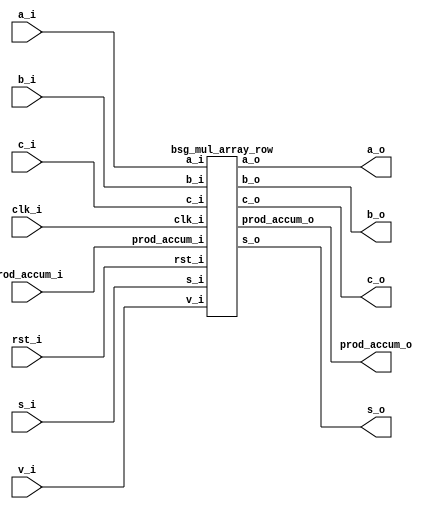


module top
(
  clk_i,
  rst_i,
  v_i,
  a_i,
  b_i,
  s_i,
  c_i,
  prod_accum_i,
  a_o,
  b_o,
  s_o,
  c_o,
  prod_accum_o
);

  input [15:0] a_i;
  input [15:0] b_i;
  input [15:0] s_i;
  input [14:0] prod_accum_i;
  output [15:0] a_o;
  output [15:0] b_o;
  output [15:0] s_o;
  output [15:0] prod_accum_o;
  input clk_i;
  input rst_i;
  input v_i;
  input c_i;
  output c_o;

  bsg_mul_array_row
  wrapper
  (
    .a_i(a_i),
    .b_i(b_i),
    .s_i(s_i),
    .prod_accum_i(prod_accum_i),
    .a_o(a_o),
    .b_o(b_o),
    .s_o(s_o),
    .prod_accum_o(prod_accum_o),
    .clk_i(clk_i),
    .rst_i(rst_i),
    .v_i(v_i),
    .c_i(c_i),
    .c_o(c_o)
  );


endmodule



module bsg_and_width_p16
(
  a_i,
  b_i,
  o
);

  input [15:0] a_i;
  input [15:0] b_i;
  output [15:0] o;
  wire [15:0] o;
  assign o[15] = a_i[15] & b_i[15];
  assign o[14] = a_i[14] & b_i[14];
  assign o[13] = a_i[13] & b_i[13];
  assign o[12] = a_i[12] & b_i[12];
  assign o[11] = a_i[11] & b_i[11];
  assign o[10] = a_i[10] & b_i[10];
  assign o[9] = a_i[9] & b_i[9];
  assign o[8] = a_i[8] & b_i[8];
  assign o[7] = a_i[7] & b_i[7];
  assign o[6] = a_i[6] & b_i[6];
  assign o[5] = a_i[5] & b_i[5];
  assign o[4] = a_i[4] & b_i[4];
  assign o[3] = a_i[3] & b_i[3];
  assign o[2] = a_i[2] & b_i[2];
  assign o[1] = a_i[1] & b_i[1];
  assign o[0] = a_i[0] & b_i[0];

endmodule



module bsg_adder_ripple_carry_width_p16
(
  a_i,
  b_i,
  s_o,
  c_o
);

  input [15:0] a_i;
  input [15:0] b_i;
  output [15:0] s_o;
  output c_o;
  wire [15:0] s_o;
  wire c_o;
  assign { c_o, s_o } = a_i + b_i;

endmodule



module bsg_mul_array_row
(
  clk_i,
  rst_i,
  v_i,
  a_i,
  b_i,
  s_i,
  c_i,
  prod_accum_i,
  a_o,
  b_o,
  s_o,
  c_o,
  prod_accum_o
);

  input [15:0] a_i;
  input [15:0] b_i;
  input [15:0] s_i;
  input [14:0] prod_accum_i;
  output [15:0] a_o;
  output [15:0] b_o;
  output [15:0] s_o;
  output [15:0] prod_accum_o;
  input clk_i;
  input rst_i;
  input v_i;
  input c_i;
  output c_o;
  wire N0,N1,pc,N2,N3,N4,N5,N6,N7,N8,N9,N10,N11,N12,N13,N14,N15,N16,N17,N18,N19,N20,
  N21,N22,N23,N24,N25,N26,N27,N28,N29,N30,N31,N32,N33,N34,N35,N36,N37,N38,N39,N40,
  N41,N42,N43,N44,N45,N46,N47,N48,N49,N50,N51,N52,N53,N54,N55,N56,N57,N58,N59,N60,
  N61,N62,N63,N64,N65,N66,N67,N68,N69,N70;
  wire [15:0] pp,ps;
  reg [15:0] prod_accum_o,a_o,b_o,s_o;
  reg c_o;

  bsg_and_width_p16
  and0
  (
    .a_i(a_i),
    .b_i({ b_i[15:15], b_i[15:15], b_i[15:15], b_i[15:15], b_i[15:15], b_i[15:15], b_i[15:15], b_i[15:15], b_i[15:15], b_i[15:15], b_i[15:15], b_i[15:15], b_i[15:15], b_i[15:15], b_i[15:15], b_i[15:15] }),
    .o(pp)
  );


  bsg_adder_ripple_carry_width_p16
  adder0
  (
    .a_i(pp),
    .b_i({ c_i, s_i[15:1] }),
    .s_o(ps),
    .c_o(pc)
  );

  assign { N18, N17, N16, N15, N14, N13, N12, N11, N10, N9, N8, N7, N6, N5, N4, N3 } = (N0)? { 1'b0, 1'b0, 1'b0, 1'b0, 1'b0, 1'b0, 1'b0, 1'b0, 1'b0, 1'b0, 1'b0, 1'b0, 1'b0, 1'b0, 1'b0, 1'b0 } : 
                                                                                       (N1)? a_i : 1'b0;
  assign N0 = rst_i;
  assign N1 = N2;
  assign { N34, N33, N32, N31, N30, N29, N28, N27, N26, N25, N24, N23, N22, N21, N20, N19 } = (N0)? { 1'b0, 1'b0, 1'b0, 1'b0, 1'b0, 1'b0, 1'b0, 1'b0, 1'b0, 1'b0, 1'b0, 1'b0, 1'b0, 1'b0, 1'b0, 1'b0 } : 
                                                                                              (N1)? b_i : 1'b0;
  assign { N50, N49, N48, N47, N46, N45, N44, N43, N42, N41, N40, N39, N38, N37, N36, N35 } = (N0)? { 1'b0, 1'b0, 1'b0, 1'b0, 1'b0, 1'b0, 1'b0, 1'b0, 1'b0, 1'b0, 1'b0, 1'b0, 1'b0, 1'b0, 1'b0, 1'b0 } : 
                                                                                              (N1)? ps : 1'b0;
  assign N51 = (N0)? 1'b0 : 
               (N1)? pc : 1'b0;
  assign { N67, N66, N65, N64, N63, N62, N61, N60, N59, N58, N57, N56, N55, N54, N53, N52 } = (N0)? { 1'b0, 1'b0, 1'b0, 1'b0, 1'b0, 1'b0, 1'b0, 1'b0, 1'b0, 1'b0, 1'b0, 1'b0, 1'b0, 1'b0, 1'b0, 1'b0 } : 
                                                                                              (N1)? { ps[0:0], prod_accum_i } : 1'b0;
  assign N2 = ~rst_i;
  assign N68 = ~v_i;
  assign N69 = N68 & N2;
  assign N70 = ~N69;

  always @(posedge clk_i) begin
    if(N70) begin
      { prod_accum_o[15:0] } <= { N67, N66, N65, N64, N63, N62, N61, N60, N59, N58, N57, N56, N55, N54, N53, N52 };
      { a_o[15:0] } <= { N18, N17, N16, N15, N14, N13, N12, N11, N10, N9, N8, N7, N6, N5, N4, N3 };
      { b_o[15:0] } <= { N34, N33, N32, N31, N30, N29, N28, N27, N26, N25, N24, N23, N22, N21, N20, N19 };
      { s_o[15:0] } <= { N50, N49, N48, N47, N46, N45, N44, N43, N42, N41, N40, N39, N38, N37, N36, N35 };
      c_o <= N51;
    end 
  end


endmodule